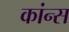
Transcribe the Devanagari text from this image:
कांन्स